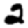
Digit: 2